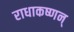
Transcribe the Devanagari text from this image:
राधाकष्णन्